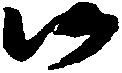
候